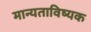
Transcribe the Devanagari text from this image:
मान्यताविष्यक